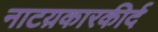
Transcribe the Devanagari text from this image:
नाटय़कारकीर्द